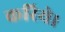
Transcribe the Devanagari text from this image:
करिये।